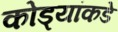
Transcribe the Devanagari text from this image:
कोड्यांकडे